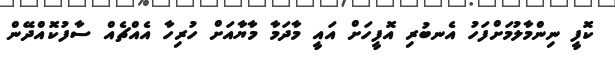
ކޮފީ ނިންމާލުމަށްފަހު އެނބުރި އޮފީހަށް އައީ މާދަމާ މާޔާއަށް ހުރިހާ އެއްޗެއް ސާފުކޮއްދޭން